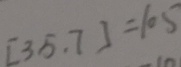
[ 3 5 . 7 ] = 1 0 5